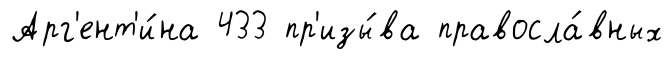
Арг'ент'и́на 433 пр'изы́ва правосла́вных